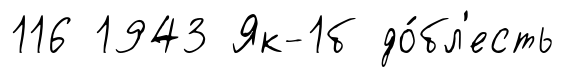
116 1943 Як-1б до́бл'есть